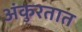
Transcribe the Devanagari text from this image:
अंकुरतात